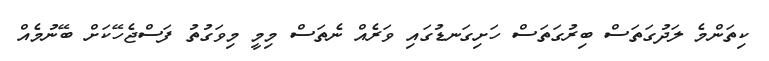
ކިތަންމެ ލަދުގަތަސް ބިރުގަތަސް ހަށިގަނޑުގައި ވަރެއް ނެތަސް މިމީ މިވަގުތު ފަސްޖެހޭކަށް ބޭނުމެއް